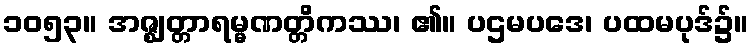
၁၀၅၃။ အဇ္ဈတ္တာရမ္မဏတ္တိကဿ၊ ၏။ ပဌမပဒေ၊ ပထမပုဒ်၌။